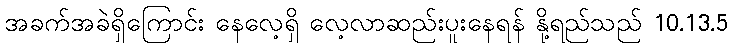
အခက်အခဲရှိကြောင်း နေလေ့ရှိ လေ့လာဆည်းပူးနေရန် နို့ရည်သည် 10.13.5